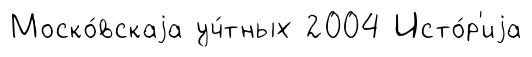
Моско́вскаjа уч́тных 2004 Исто́р'иjа